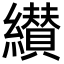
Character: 纉